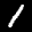
Label: 1